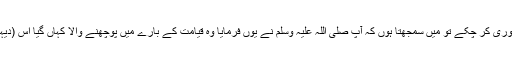
جب آپ صلی اللہ علیہ وسلم اپنی باتیں پوری کر چکے تو میں سمجھتا ہوں کہ آپ صلی اللہ علیہ وسلم نے یوں فرمایا وہ قیامت کے بارے میں پوچھنے والا کہاں گیا اس (دیہاتی) نے کہا (حضور) میں موجود ہوں۔